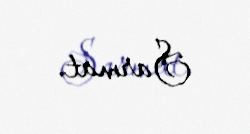
Sarmat.